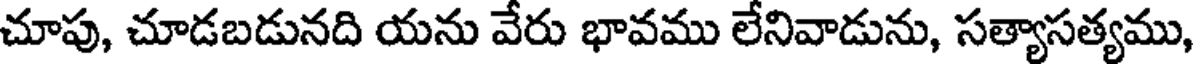
చూపు, చూడబడునది యను వేరు భావము లేనివాడును, సత్యాసత్యము,